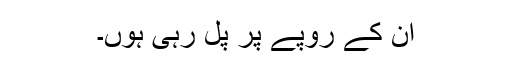
ان کے روپے پر پل رہی ہوں۔